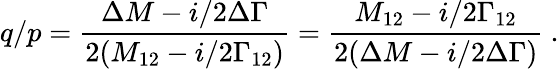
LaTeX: q/p=\frac{\Delta M-i/2\Delta\Gamma}{2(M_{12}-i/2\Gamma_{12})}=\frac{M_{12}-i/2\Gamma_{12}}{2(\Delta M-i/2\Delta\Gamma)}\ .